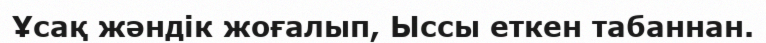
Ұсақ жәндік жоғалып, Ыссы еткен табаннан.